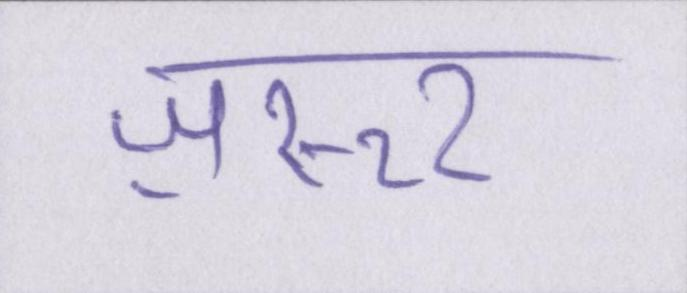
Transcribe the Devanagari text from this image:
ज़रूर